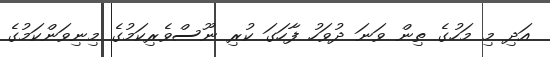
އަދި މި މަހުގެ ތިން ވަނަ ދުވަހު ފާހަގަ ކުރި ނޫސްވެރިކަމުގެ މިނިވަންކަމުގެ